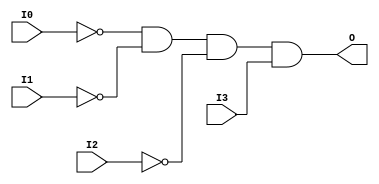
// $Header: /devl/xcs/repo/env/Databases/CAEInterfaces/verunilibs/data/unisims/AND4B3.v,v 1.5.158.1 2007/03/09 18:13:01 patrickp Exp $
///////////////////////////////////////////////////////////////////////////////
// Copyright (c) 1995/2004 Xilinx, Inc.
// All Right Reserved.
///////////////////////////////////////////////////////////////////////////////
//   ____  ____
//  /   /\/   /
// /___/  \  /    Vendor : Xilinx
// \   \   \/     Version : 8.1i (I.13)
//  \   \         Description : Xilinx Functional Simulation Library Component
//  /   /                  4-input AND Gate
// /___/   /\     Filename : AND4B3.v
// \   \  /  \    Timestamp : Thu Mar 25 16:42:12 PST 2004
//  \___\/\___\
//
// Revision:
//    03/23/04 - Initial version.
// End Revision

`timescale  100 ps / 10 ps


module AND4B3 (O, I0, I1, I2, I3);

    output O;

    input  I0, I1, I2, I3;

    not N2 (i2_inv, I2);
    not N1 (i1_inv, I1);
    not N0 (i0_inv, I0);
    and A1 (O, i0_inv, i1_inv, i2_inv, I3);


endmodule